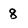
Character: 8